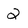
Character: 2